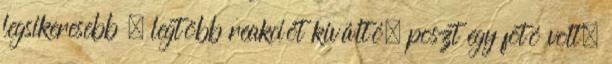
legsikeresebb — legtöbb reakciót kiváltó— poszt egy fotó volt,